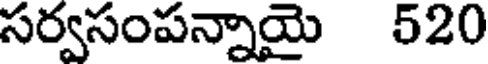
సర్వసంపన్నాయై 520